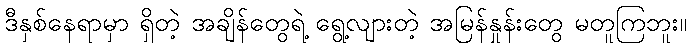
ဒီနှစ်နေရာမှာ ရှိတဲ့ အချိန်တွေရဲ့ ရွေ့လျားတဲ့ အမြန်နှုန်းတွေ မတူကြဘူး။